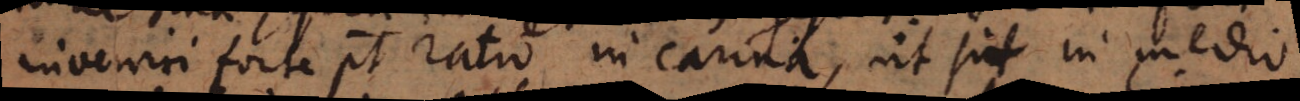
inveniri forte potest ratio in carina, ut sit in medio